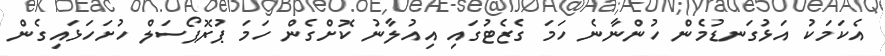
އެކަމަކު އަޅުގަނޑުމެން ހުންނާނެ ހަމަ ގެޒެޓުގައި އިއުލާނު ކޮށްގެން ހަމަ ޕުރޮޕޯސަލް ހުށަހަޅައިގެން